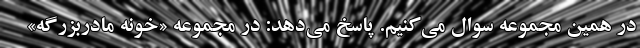
در همین مجموعه سوال می‌کنیم. پاسخ می‌دهد: در مجموعه «خونه مادربزرگه»